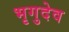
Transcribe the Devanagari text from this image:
भृगुदेव